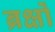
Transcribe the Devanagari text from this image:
ब्रक्षों